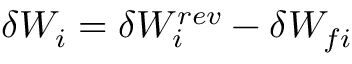
\delta W _ { i } = \delta W _ { i } ^ { r e v } - \delta W _ { f i }